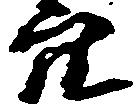
穴